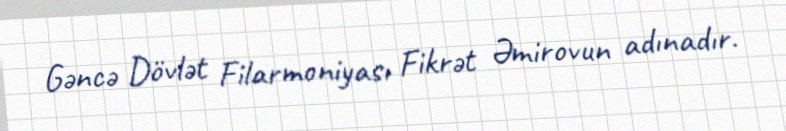
Gəncə Dövlət Filarmoniyası Fikrət Əmirovun adınadır.